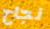
نجاح